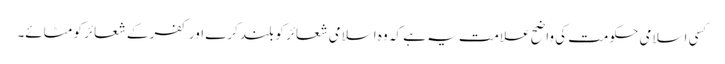
کسی اسلامی حکومت کی واضح علامت یہ ہے کہ وہ اسلامی شعائر کو بلند کرے اور کفر کے شعائر کو مٹائے۔